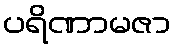
ပရိဏာမဇာ